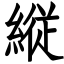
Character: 縦